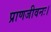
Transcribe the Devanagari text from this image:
प्राणजीवनः।